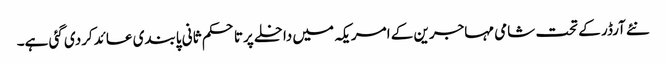
نئے آرڈر کے تحت شامی مہاجرین کے امریکہ میں داخلے پرتاحکم ثانی پابندی عائدکردی گئی ہے۔